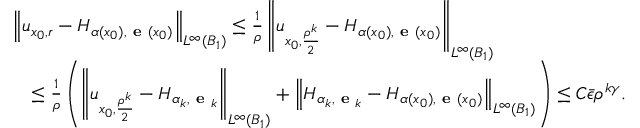
\begin{array} { r l } & { \left\| u _ { x _ { 0 } , r } - H _ { \alpha ( x _ { 0 } ) , \textbf { e } ( x _ { 0 } ) } \right\| _ { L ^ { \infty } ( B _ { 1 } ) } \le \frac 1 \rho \left\| u _ { x _ { 0 } , \frac { \rho ^ { k } } 2 } - H _ { \alpha ( x _ { 0 } ) , \textbf { e } ( x _ { 0 } ) } \right\| _ { L ^ { \infty } ( B _ { 1 } ) } } \\ & { \quad \le \frac 1 \rho \left( \left\| u _ { x _ { 0 } , \frac { \rho ^ { k } } 2 } - H _ { \alpha _ { k } , \textbf { e } _ { k } } \right\| _ { L ^ { \infty } ( B _ { 1 } ) } + \left\| H _ { \alpha _ { k } , \textbf { e } _ { k } } - H _ { \alpha ( x _ { 0 } ) , \textbf { e } ( x _ { 0 } ) } \right\| _ { L ^ { \infty } ( B _ { 1 } ) } \right) \le C \bar { \epsilon } \rho ^ { k \gamma } . } \end{array}